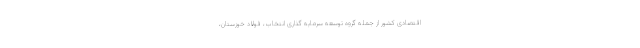
اقتصادی کشور از جمله گروه توسعه سرمایه گذاری انتخاب، فولاد خوزستان،